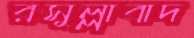
রসুল্লাবাদ